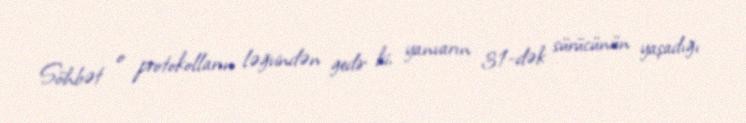
Söhbət o protokolların ləğvindən gedir ki, yanvarın 31-dək sürücünün yaşadığı